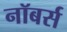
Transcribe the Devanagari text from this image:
नॉबर्स